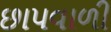
છાપવાળી